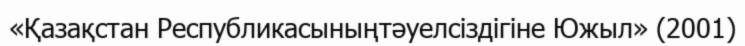
«Қазақстан Республикасыныңтәуелсіздігіне Южыл» (2001)